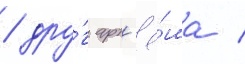
/ дру́г арт'ё́ма /